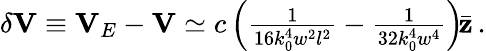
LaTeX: \begin{array}{r}{\delta{\mathbf V}\equiv{\mathbf V}_{E}-{\mathbf V}\simeq c\left(\frac{1}{16k_{0}^{4}w^{2}l^{2}}-\frac{1}{32k_{0}^{4}w^{4}}\right)\! \bar{\mathbf z}\, .}\end{array}